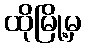
ထိုမြို့မှ